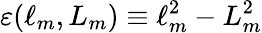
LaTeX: \varepsilon(\ell_{m},L_{m})\equiv\ell_{m}^{2}-L_{m}^{2}